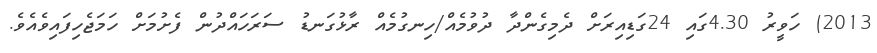
2013) ހަވީރު 4.30ގައި 24ގަޑިއިރަށް ދެމިގެންދާ ދުވުމެއް/ހިނގުމެއް ރާޅުގަނޑު ސަރަހައްދުން ފެށުމަށް ހަމަޖެހިފައިވެއެވެ.